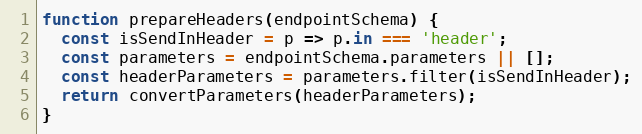
Language: JavaScript
function prepareHeaders(endpointSchema) {
  const isSendInHeader = p => p.in === 'header';
  const parameters = endpointSchema.parameters || [];
  const headerParameters = parameters.filter(isSendInHeader);
  return convertParameters(headerParameters);
}